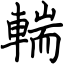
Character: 輲